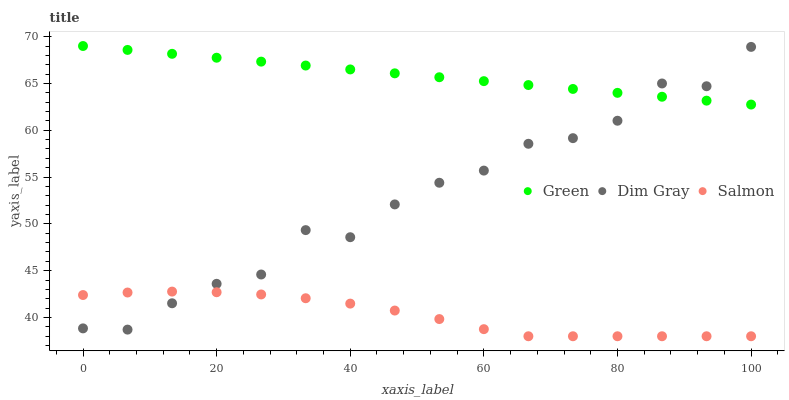
| xaxis_label | Green | Dim Gray | Salmon |
 | --- | --- | --- | --- |
 | 0 | 69 | 38.8 | 42.4 |
 | 6.67 | 68.6 | 38.7 | 42.7 |
 | 13.3 | 68.2 | 41.5 | 42.8 |
 | 20 | 67.7 | 43.6 | 42.7 |
 | 26.7 | 67.3 | 44.6 | 42.5 |
 | 33.3 | 66.9 | 49.3 | 42.1 |
 | 40 | 66.5 | 48.6 | 41.5 |
 | 46.7 | 66.1 | 52.1 | 40.7 |
 | 53.3 | 65.7 | 54.4 | 39.8 |
 | 60 | 65.2 | 55.7 | 38.8 |
 | 66.7 | 64.8 | 58.6 | 38 |
 | 73.3 | 64.4 | 59.2 | 38 |
 | 80 | 64 | 61 | 38 |
 | 86.7 | 63.6 | 65 | 38 |
 | 93.3 | 63.2 | 64.7 | 38 |
 | 100 | 62.7 | 68.9 | 38 |